Problem: 21 ÷ 3 = ?
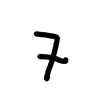
Handwritten answer: 7